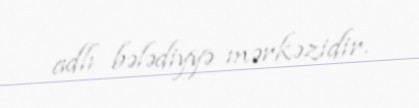
adlı bələdiyyə mərkəzidir.